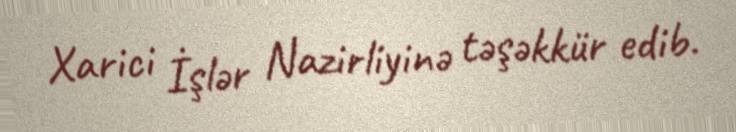
Xarici İşlər Nazirliyinə təşəkkür edib.